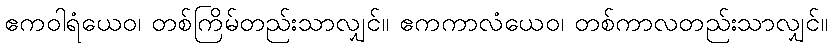
ဧကဝါရံယေဝ၊ တစ်ကြိမ်တည်းသာလျှင်။ ဧကကာလံယေဝ၊ တစ်ကာလတည်းသာလျှင်။